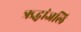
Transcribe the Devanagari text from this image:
ऋद्धांजलि